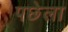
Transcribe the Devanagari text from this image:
पछेला